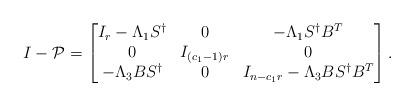
LaTeX: \begin{align*} I-\mathcal{P} = \begin{bmatrix} I_r - \Lambda_1 S^\dagger & 0 & -\Lambda_1 S^\dagger B^T \\ 0 & I_{(c_1-1)r} & 0 \\ -\Lambda_3B S^\dagger & 0 & I_{n-c_1 r}-\Lambda_3B S^\dagger B^T \end{bmatrix}.\end{align*}